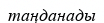
таңданады